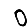
Digit: 0